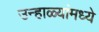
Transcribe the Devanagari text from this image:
उन्हाळ्यांमध्ये